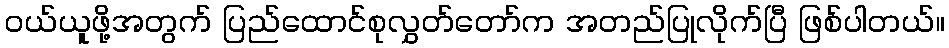
ဝယ်ယူဖို့အတွက် ပြည်ထောင်စုလွှတ်တော်က အတည်ပြုလိုက်ပြီ ဖြစ်ပါတယ်။